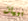
ببيان